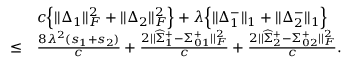
\begin{array} { r l } & { c \Big \{ | | \Delta _ { 1 } | | _ { F } ^ { 2 } + | | \Delta _ { 2 } | | _ { F } ^ { 2 } \Big \} + \lambda \Big \{ | | \Delta _ { 1 } ^ { - } | | _ { 1 } + | | \Delta _ { 2 } ^ { - } | | _ { 1 } \Big \} } \\ { \leq } & { \frac { 8 \lambda ^ { 2 } ( s _ { 1 } + s _ { 2 } ) } { c } + \frac { 2 | | \widehat { \Sigma } _ { 1 } ^ { + } - \Sigma _ { 0 1 } ^ { + } | | _ { F } ^ { 2 } } { c } + \frac { 2 | | \widehat { \Sigma } _ { 2 } ^ { + } - \Sigma _ { 0 2 } ^ { + } | | _ { F } ^ { 2 } } { c } . } \end{array}